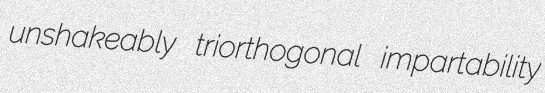
unshakeably triorthogonal impartability